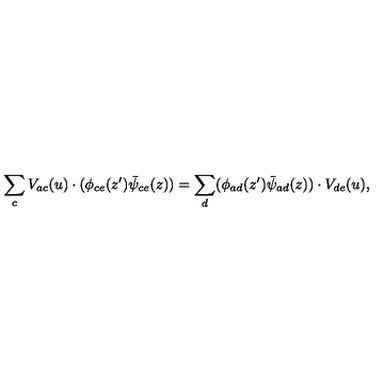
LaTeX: \sum _ { c } V _ { a c } ( u ) \cdot ( \phi _ { c e } ( z ^ { \prime } ) \bar { \psi } _ { c e } ( z ) ) = \sum _ { d } ( \phi _ { a d } ( z ^ { \prime } ) \bar { \psi } _ { a d } ( z ) ) \cdot V _ { d e } ( u ) ,